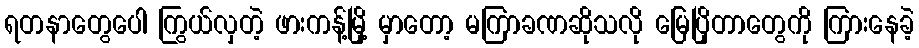
ရတနာတွေပေါ ကြွယ်လှတဲ့ ဖားကန့်မြို့ မှာတော့ မကြာခဏဆိုသလို မြေပြိုတာတွေကို ကြားနေခဲ့